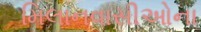
મિલાનવાસીઓના